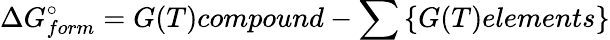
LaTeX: \Delta G_{form}^{\circ}=G(T)compound-\sum\left\{ G(T)elements\right\}